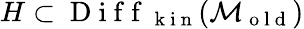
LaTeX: H\subset\mathrm{~D~i~f~f~}_{\mathrm{~k~i~n~}}(\mathcal{M}_{\mathrm{~o~l~d~}})